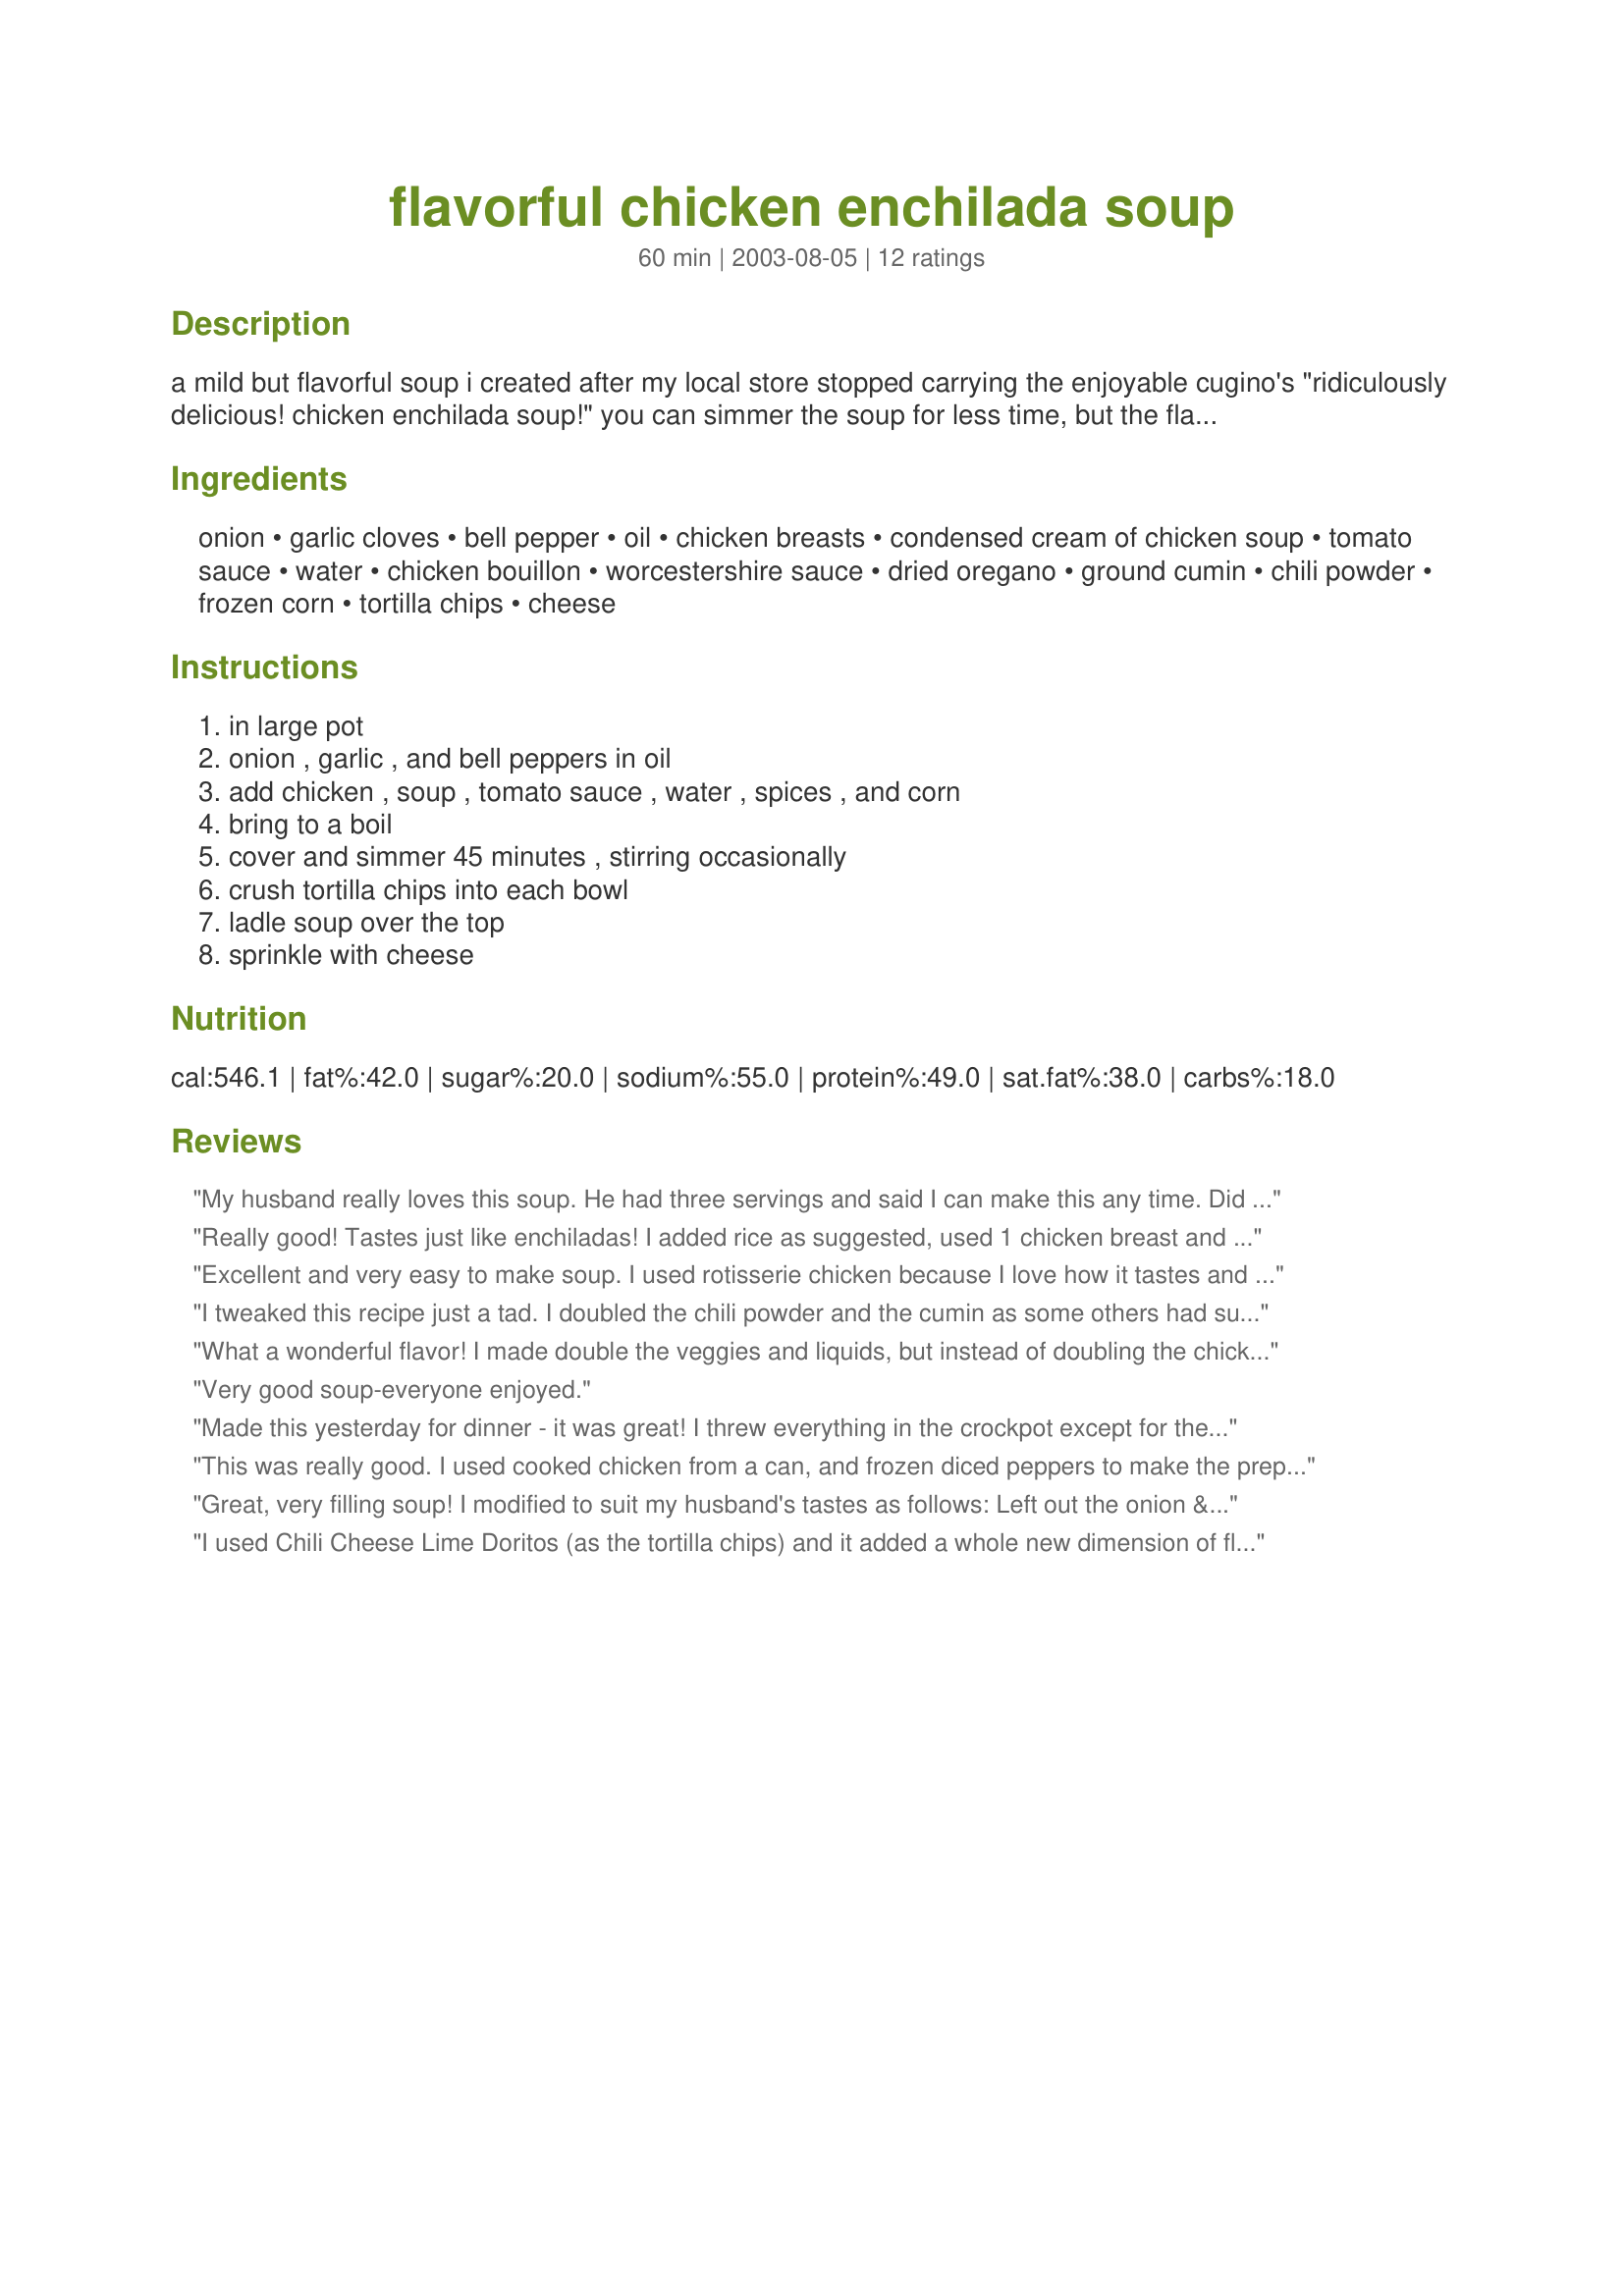
flavorful chicken enchilada soup
Preparation time: 60 minutes

a mild but flavorful soup i created after my local store stopped carrying the enjoyable cugino's "ridiculously delicious! chicken enchilada soup!" you can simmer the soup for less time, but the flavors need time to meld together.

Ingredients:
onion, garlic cloves, bell pepper, oil, chicken breasts, condensed cream of chicken soup, tomato sauce, water, chicken bouillon, worcestershire sauce, dried oregano, ground cumin, chili powder, frozen corn, tortilla chips, cheese

Steps:
in large pot, onion , garlic , and bell peppers in oil, add chicken , soup , tomato sauce , water , spices , and corn, bring to a boil, cover and simmer 45 minutes , stirring occasionally, crush tortilla chips into each bowl, ladle soup over the top, sprinkle with cheese

Reviews:
My husband really loves this soup. He had three servings and said I can make this any time. Did not change a thing. Like this recipe just the way it is.
Really good! Tastes just like enchiladas! I added rice as suggested, used 1 chicken breast and 2 chicken thighs, 1 can green chiles, and 1 package cream cheese (just to make it creamier!). Loved it!
Excellent and very easy to make soup. I used rotisserie chicken because I love how it tastes and it adds to the ease of preparation. You are right, the flavor is mild but well seasoned. My husband and I will probably experiment by adding jalapeno pepper, cayenne, or something of that nature but as is, the soup is outstanding.
I tweaked this recipe just a tad. I doubled the chili powder and the cumin as some others had suggested. I used one can of Rotel tomatoes and one can of tomato paste instead of the 2 cans of tomato sauce. I added a can of black beans that I drained and rinsed. Also, instead of chicken bouillon granules, I used chicken bouillon cubes. After the soup simmered for a while, I added in a package of cream cheese and 4 oz. of Velveeta. It was INCREDIBLE!!!!!!!! Next time I make it, I'll add two cans of Rotel tomatoes.....one regular and one hot! LOVE this recipe!
What a wonderful flavor! I made double the veggies and liquids, but instead of doubling the chicken, I did 1 lb chicken and 1 lb ground beef. Even the kids liked it. Next time I'll add some chiles.
Very good soup-everyone enjoyed.
Made this yesterday for dinner - it was great! I threw everything in the crockpot except for the garlic and frozen corn (which I added in the last hour of cooking) and cooked it on low for about 6 hours. I also threw in about a cup of leftover rice that I had. Loved the flavor/texture combination. Thanks for a keeper! ~Amy
This was really good. I used cooked chicken from a can, and frozen diced peppers to make the prep time nearly nothing. It reminds me of a creamy homemade tomato soup with some Mexican flavors thrown in. I think next time I make it I'll add some diced tomatoes, too.
Great, very filling soup! I modified to suit my husband's tastes as follows: Left out the onion & bell pepper and added in 1/4 pound cubed Velveeta cheese just before serving. We really enjoyed it! Thanks for a great recipe!!
I used Chili Cheese Lime Doritos (as the tortilla chips) and it added a whole new dimension of flavour.

New staple that I am going to make all winter.

This rocks!
This recipe is OUTSTANDING! The only thing I changed was I eliminated the oregano, added diced green chilis, doubled the cumin and chili powder and used a shredded rotissorie chicken! It tastes better than a restuarant soup!!!!!
Very good. We are snowed in so was using up things I had in the freezer. I used Recipe #4957 for the chicken and canned corn. I topped my serving with tortilla chips but not the cheese. I was surprised how good this was. It has the perfect amount of heat for me. I froze some for future lunches. I will be making this again!
